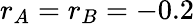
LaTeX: r_{A}=r_{B}=-0.2